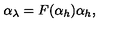
\alpha _ { \lambda } = F ( \alpha _ { h } ) \alpha _ { h } ,